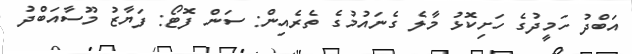
އަބްދު ހަމީދުގެ ހަށިކޮޅު މާލެ ގެނައުމުގެ ތެރެއިން: ސަން ފޮޓޯ: ފަޔާޒު މޫސާއަބްދު